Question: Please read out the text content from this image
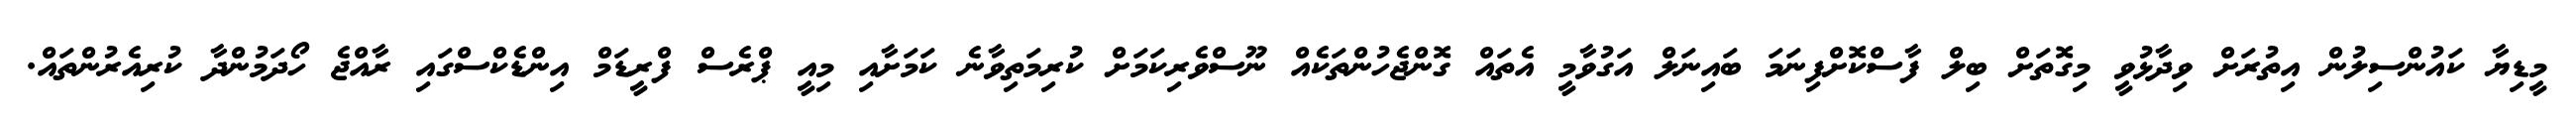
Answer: މީޑިޔާ ކައުންސިލުން އިތުރަށް ވިދާޅުވީ މިގޮތަށް ބިލް ފާސްކޮށްފިނަމަ ބައިނަލް އަގުވާމީ އެތައް ގޮންޖެހުންތަކެއް ނޫސްވެރިކަމަށް ކުރިމަތިވާނެ ކަމަށާއި މިއީ ޕްރެސް ފްރީޑަމް އިންޑެކްސްގައި ރާއްޖެ ހޯދަމުންދާ ކުރިއެރުންތައް.